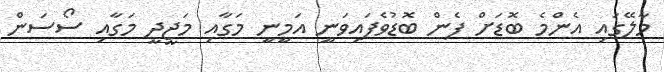
މާލޭގައި އެންމެ ބޮޑަށް ފެން ބޮޑުވެފައިވަނީ އަމީނީ މަގާއި މަޖީދީ މަގާއި ސޯސަން